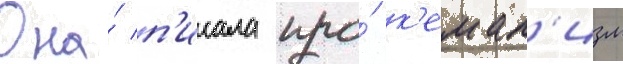
Она́ п'исала про́ к'емал'изм